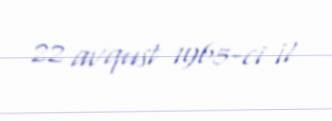
22 avqust 1965-ci il